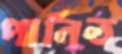
পানিত